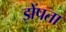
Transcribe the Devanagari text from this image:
झेंपता